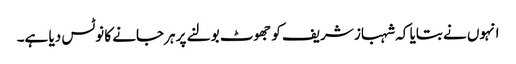
انہوں نے بتایا کہ شہباز شریف کو جھوٹ بولنے پر ہرجانے کا نوٹس دیا ہے۔